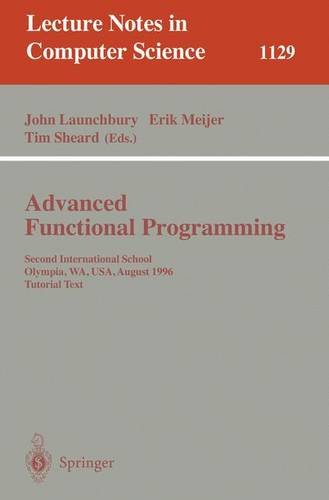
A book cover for Advanced Functional Programming: Second International School, Olympia, WA, USA, August 26 - 30, 1996, Tutorial Text (Lecture Notes in Computer Science); Computers & Technology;